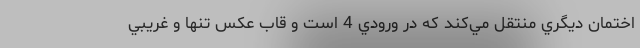
اختمان ديگري منتقل مي‌كند كه در ورودي 4 است و قاب عكس تنها و غريبي